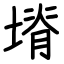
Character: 塉